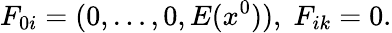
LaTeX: F_{0i}=(0,\ldots,0,E(x^{0})),\; F_{ik}=0.